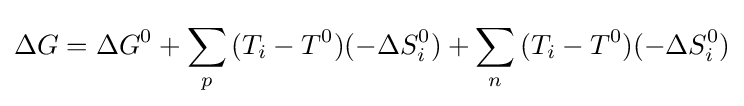
\Delta G=\Delta G^{0}+\sum _{p}^{}{(T_{i}-T^{0})(-\Delta S_{i}^{0})}+\sum _{n}^{}{(T_{i}-T^{0})(-\Delta S_{i}^{0})}